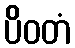
ပိဝတံ